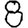
Digit: 8